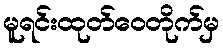
မူရင်းထုတ်ဝေတိုက်မှ